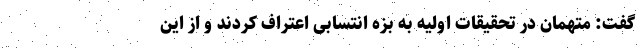
گفت: متهمان در تحقیقات اولیه به بزه انتسابی اعتراف کردند و از این